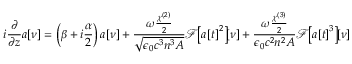
i \frac { \partial } { \partial z } a \! \left[ \nu \right] = \left( \beta + i \frac { \alpha } { 2 } \right) a \! \left[ \nu \right] + \frac { \omega \frac { \chi ^ { ( 2 ) } } { 2 } } { \sqrt { \epsilon _ { 0 } c ^ { 3 } n ^ { 3 } A } } \mathcal { F } \! \! \left[ a \! \left[ t \right] ^ { 2 } \right] \! \! \left[ \nu \right] + \frac { \omega \frac { \chi ^ { ( 3 ) } } { 2 } } { \epsilon _ { 0 } c ^ { 2 } n ^ { 2 } A } \mathcal { F } \! \! \left[ a \! \left[ t \right] ^ { 3 } \right] \! \! \left[ \nu \right]